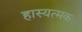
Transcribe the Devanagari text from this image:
हास्यत्मक